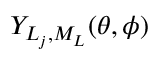
Y _ { L _ { j } , M _ { L } } ( \theta , \phi )